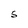
Character: S